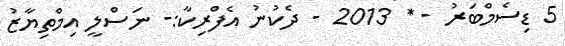
5 ޑިސެމްބަރު - * 2013 - ދެކުނު އެފްރިކާ:- ނަސްލީ އިމްތިޔާޒު